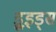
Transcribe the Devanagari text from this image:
ड्रूइड्स